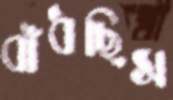
বাঁধছিস